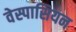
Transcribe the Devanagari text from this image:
वेस्पासियन